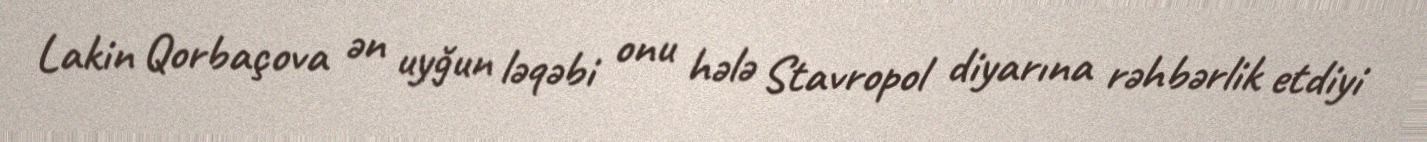
Lakin Qorbaçova ən uyğun ləqəbi onu hələ Stavropol diyarına rəhbərlik etdiyi